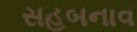
સહબનાવ